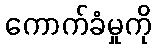
ကောက်ခံမှုကို